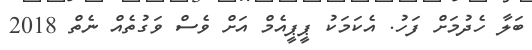
ބަލާ ހެދުމަށް ފަހު. އެކަމަކު ޕީޕީއެމް އަށް ވެސް ވަގުތެއް ނެތް 2018